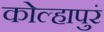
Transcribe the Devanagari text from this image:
कोल्हापुरं